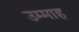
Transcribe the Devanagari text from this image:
उम्माह